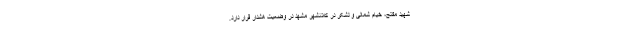
شهید مفتح، خیام شمالی و لشکر در کلانشهر مشهد در وضعیت هشدار قرار دارد.